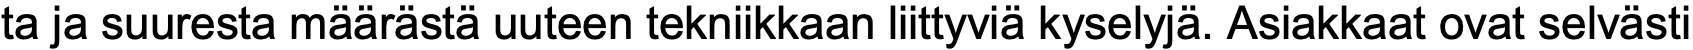
ta ja suuresta määrästä uuteen tekniikkaan liittyviä kyselyjä. Asiakkaat ovat selvästi